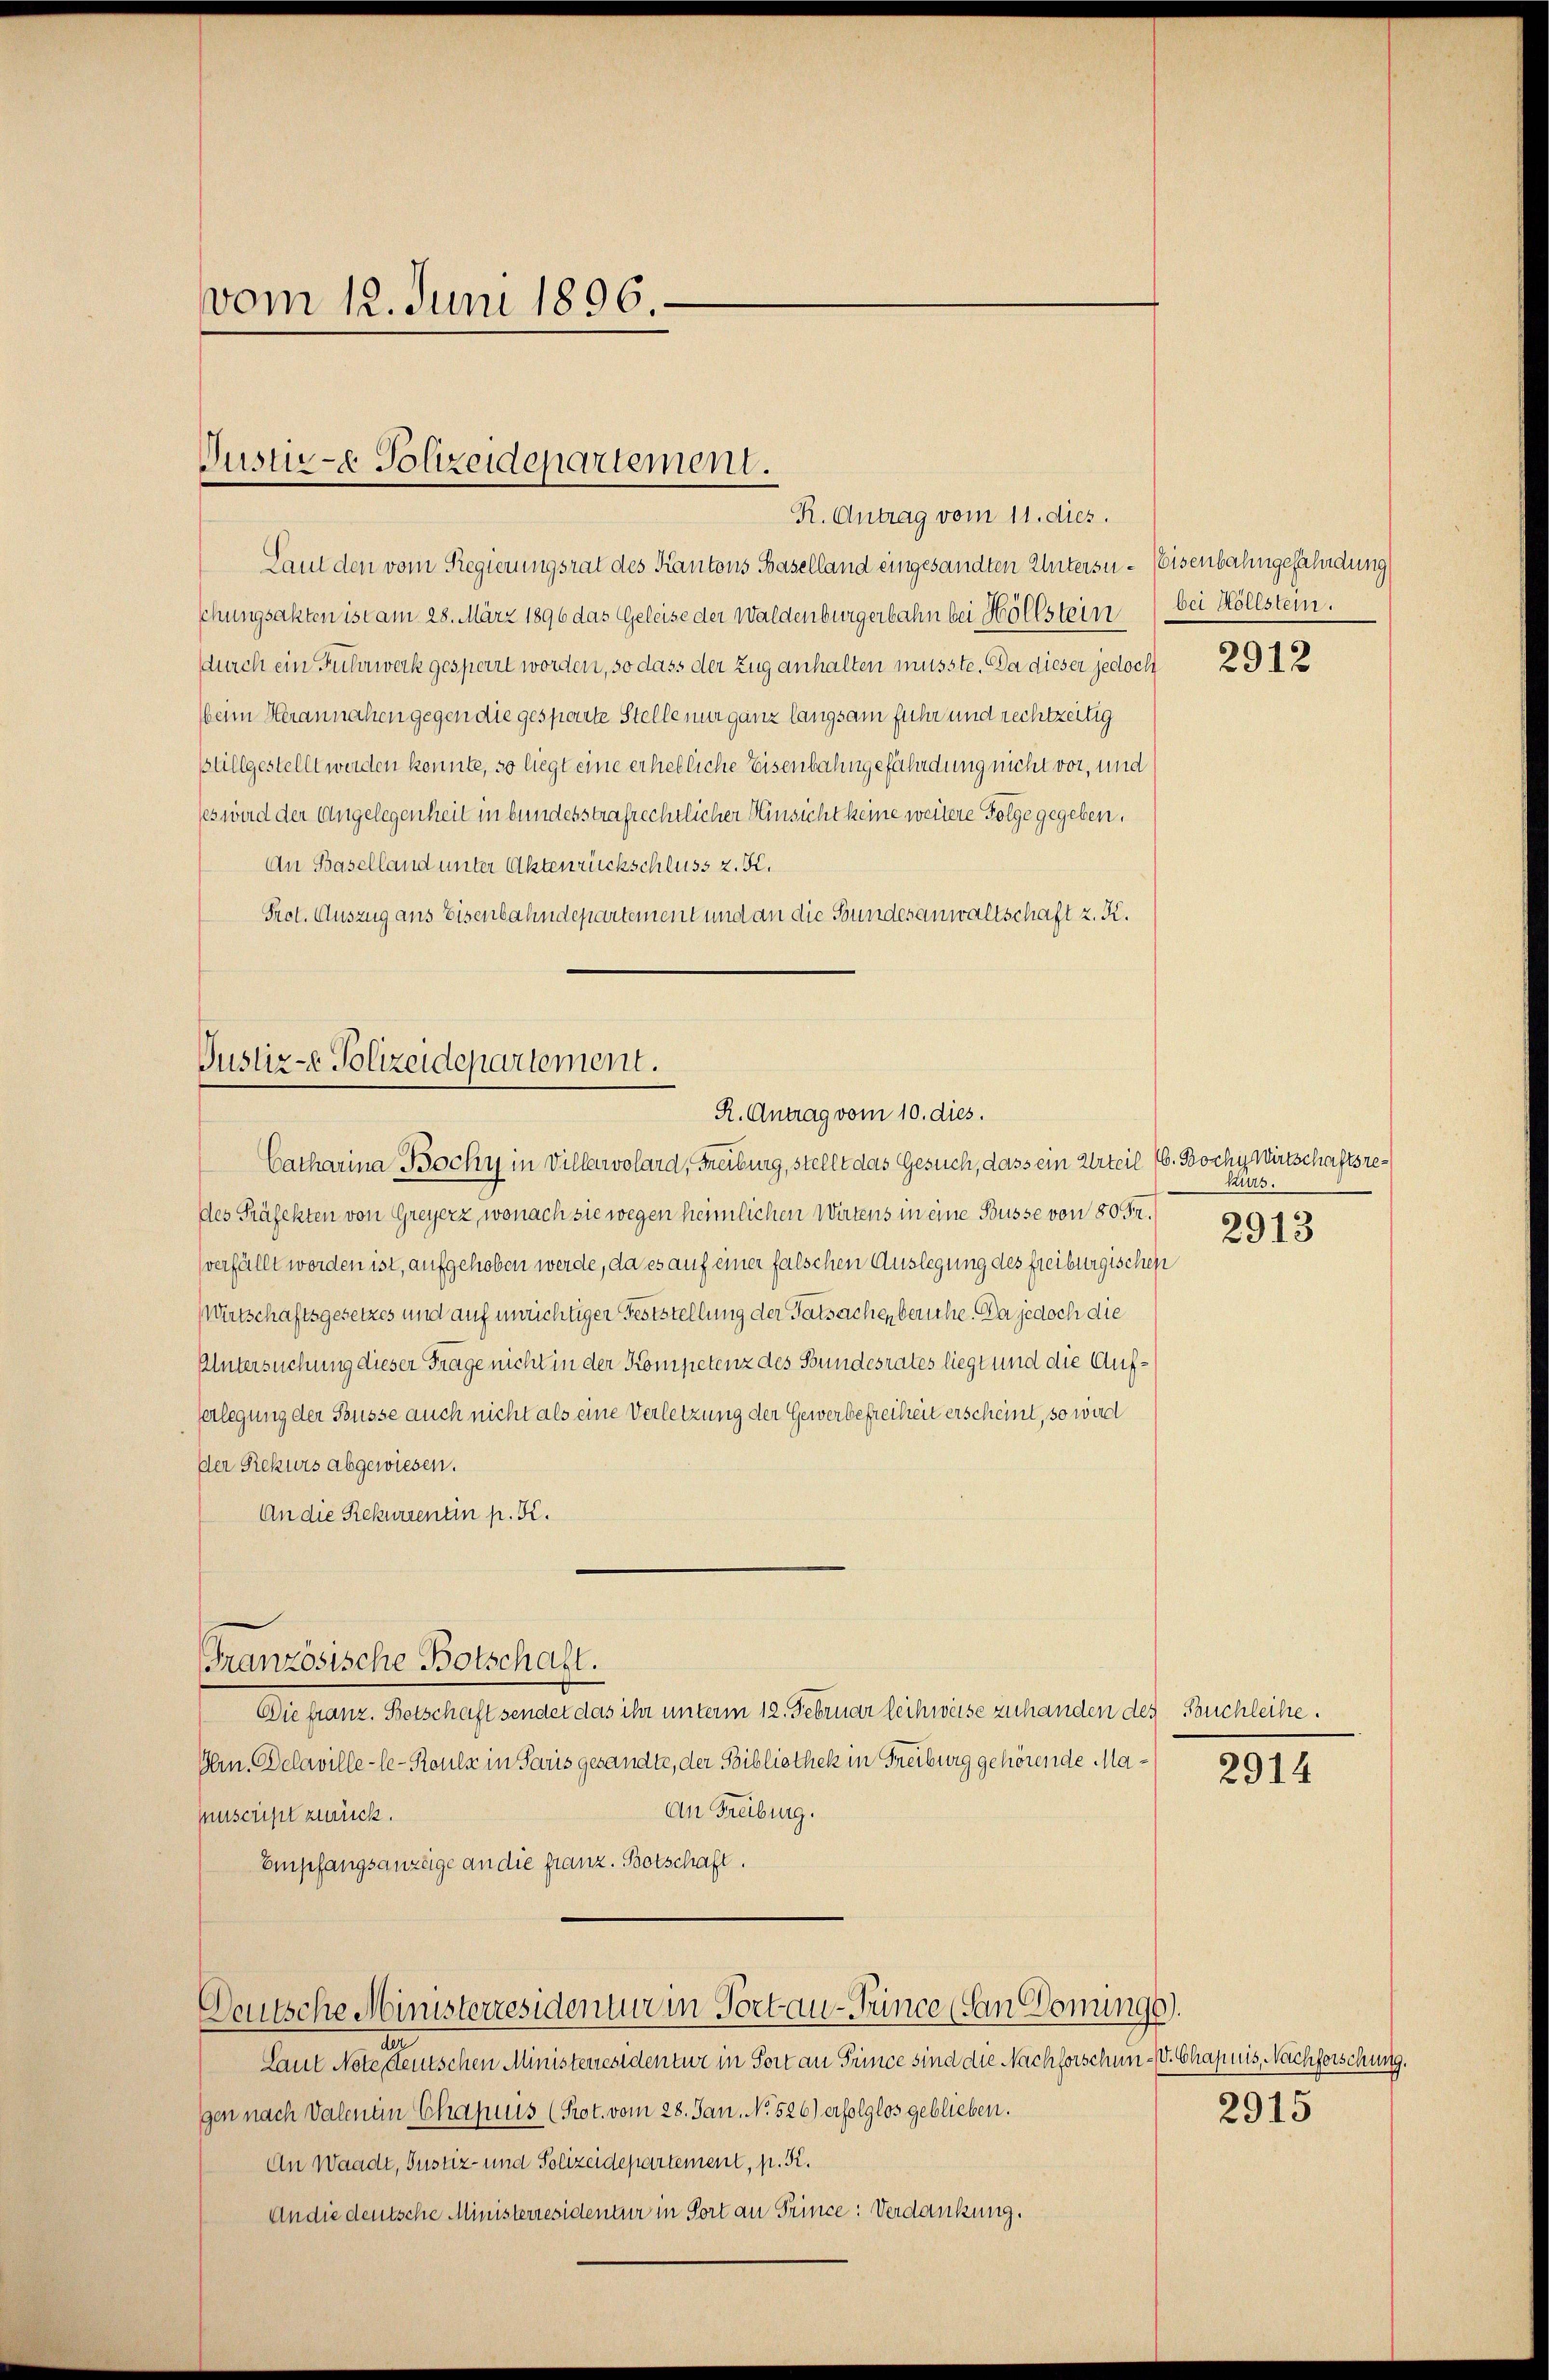
vom 12. Juni 1896.

Puste Polizeidepartement.
R. Antrag vom 11. dies.

Laut den vom Regierungsrat des Kantons Baselland eingesandten Untersu- Eisenbahngefährdung
schungsakten ist am 28. März 1896 das Geleise der Waldenburgerbahn bei Hollstein, bei Hollstein.
durch ein Fuhrwerk gesperrt worden, so dass der Zug anhalten musste. Da dieser jedoch
beim Herannahen gegen die gesparte Stelle nur ganz langsam fuhr und rechtzeitig
Büllgestellt werden konnte, so liegt eine erhebliche Eisenbahngefährdung nicht vor, und
ses wird der Angelegenheit in bundesstrafrechtlicher Hinsicht keine weitere Folge gegeben,
An Baselland unter Aktenrückschluss z. K.
Prot. Auszug aus Eisenbahndepartement und an die Bundesanwaltschaft z. K.

Justiz-e Polizeidepartement.
R. Antrag vom 10. dies.

Catharina Bocky in Villervolard, Freiburg, stellt das Gesuch, dass ein Urteil (6. Bochy Wirtschaftsredes Präfekten von Greyerz, wonach sie wegen heimlichen Wirtens in eine Büsse von 80 Fr.
verfällt worden ist, aufgehoben werde, da es auf einer falschen Auslegung des freiburgischen
Wirtschaftsgesetzes und auf unrichtiger Feststellung der Tatsachen beruhe. Da jedoch die
Untersuchung dieser Frage nicht in der Kompetenz des Bundesrates liegt und die Aufverlegung der Busse auch nicht als eine Verletzung der Gewerbefreiheit erscheint, so wird
Der Rekurs abgewiesen.
An die Rekurrentin pr. K.
Französische Botschaft.
Die franz. Betschaft sendet das ihr unterm 12. Februar leihweise zuhanden des Buchleihe.
Hrn. Delaville-le-Koule in Paris gesandte, der Bibliothek in Freiburg gehörende Ma¬
An Freiburg.
nuscript zurück.
Empfangsanzüge an die franz. Botschaft.

Deutsche Ministerresidentur in Portau-Tence den Donunge

A
Laut Note deutschen Ministerresidentur in Fort an Prince sind die Nachforschun- V. Chapuis, Nachforschung.
gen nach Valenen Chapuis (Prot. vom 28. Jan. No. 526) erfolglos geblieben.
An Waadt, Justiz- und Polizeidepartement, p. K.
An die deutsche Ministerresidentur in Port an Trince: Verdankung.

2912

Kürt
2913

2914

2915